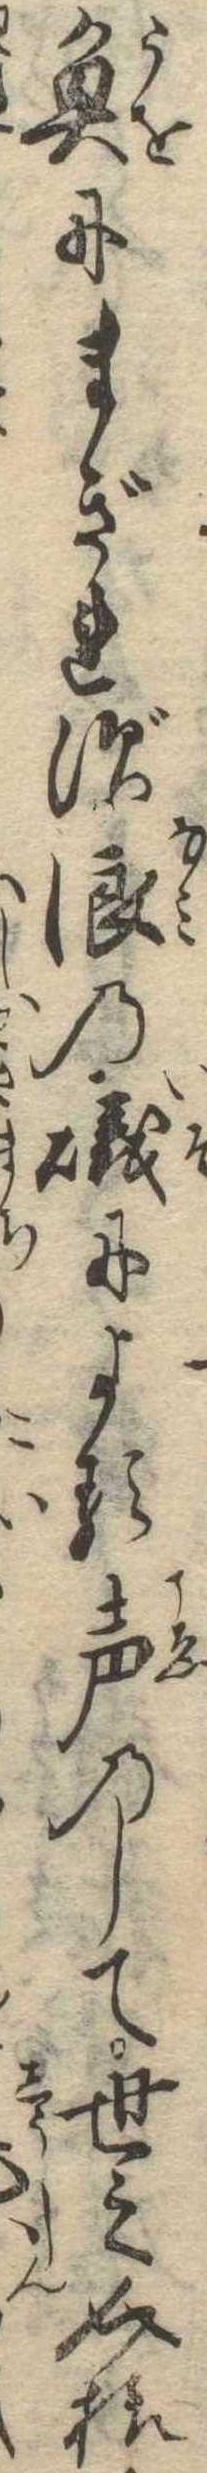
魚にまぎれず浪の磯による声のして世之介様